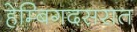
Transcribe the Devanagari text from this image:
हेम्बिगदसरात